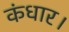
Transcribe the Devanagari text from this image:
कंधार।